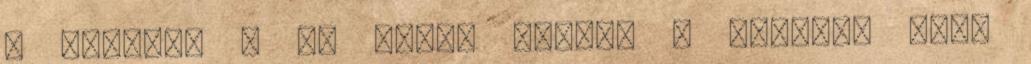
a listát? , 8% pedig inkább a barátai vagy